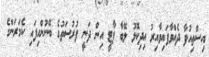
އިސްތިއުފާ ދެއްވާފައިވާއިރު އިދިކޮޅު ލޭބާ ޕާޓީ އިން ދަނީ ފުރުސަތުގެ ބޭނުންހިފައި ކެމަރަންގެ